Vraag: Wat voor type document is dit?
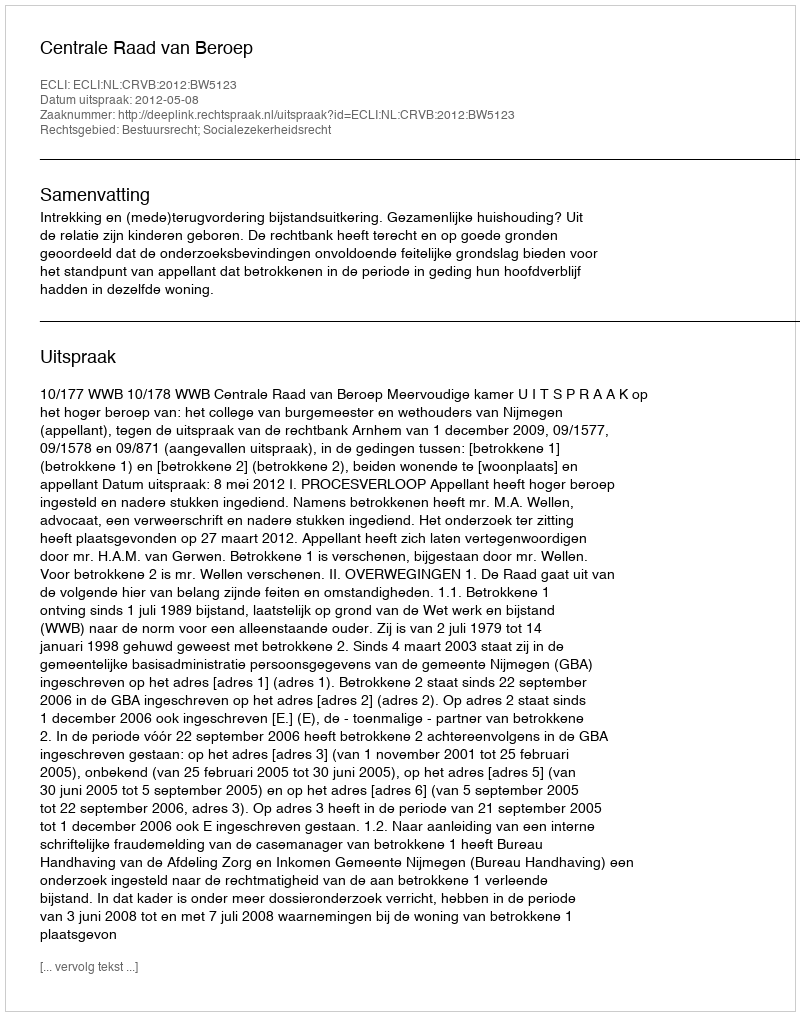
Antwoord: Uitspraak